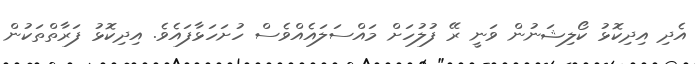
އެދި އިދިކޮޅު ކޯލިޝަނުން ވަނީ ރޭ ފުލުހަށް މައްސަލައެއްވެސް ހުށަހަޅާފައެވެ. އިދިކޮޅު ފަރާތްތަކުން